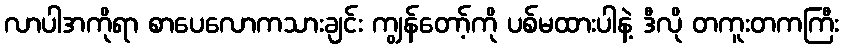
လာပါအကိုရာ စာပေလောကသားချင်း ကျွန်တော့်ကို ပစ်မထားပါနဲ့ ဒီလို တကူးတကကြီး